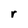
Character: r